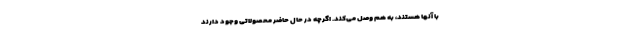
با آنها هستند، به هم وصل می‌کند. اگرچه در حال حاضر محصولاتی وجود دارند